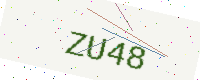
Text: ZU48